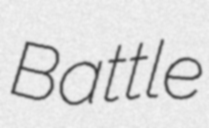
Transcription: Battle